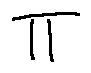
\pi